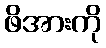
ဖိအားကို